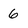
Character: 6